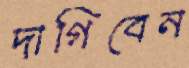
দাগিবেন